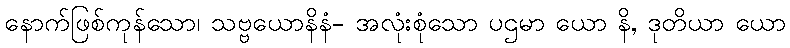
နောက်ဖြစ်ကုန်သော၊ သဗ္ဗယောနိနံ- အလုံးစုံသော ပဌမာ ယော နိ, ဒုတိယာ ယော